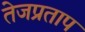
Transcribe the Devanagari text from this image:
तेजप्रताप